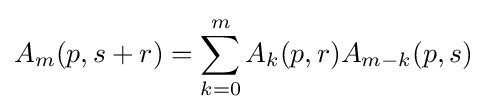
A_{m}(p,s+r)=\sum _{k=0}^{m}A_{k}(p,r)A_{m-k}(p,s)